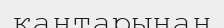
қантарынан